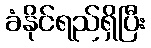
ခံနိုင်ရည်ရှိပြီး